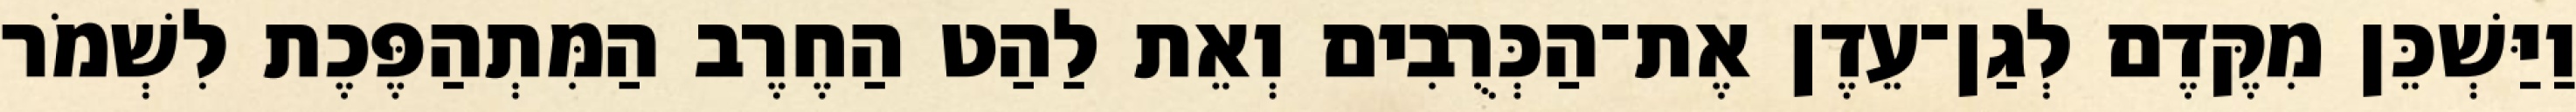
וַיַּשְׁכֵּן מִקֶּדֶם לְגַן־עֵדֶן אֶת־הַכְּרֻבִים וְאֵת לַהַט הַחֶרֶב הַמִּתְהַפֶּכֶת לִשְׁמֹר